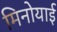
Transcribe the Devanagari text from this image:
मिनोयाई